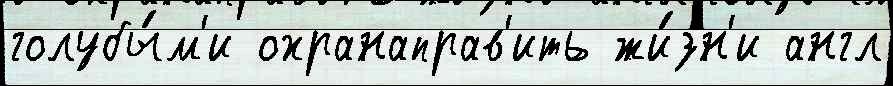
голубы́м'и охранаправ'ить жи́зн'и англ